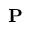
\mathbf { P }